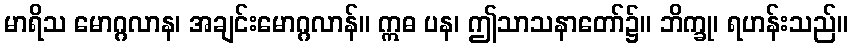
မာရိသ မောဂ္ဂလာန၊ အချင်းမောဂ္ဂလာန်။ ဣဓ ပန၊ ဤသာသနာတော်၌။ ဘိက္ခု၊ ရဟန်းသည်။